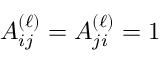
A _ { i j } ^ { ( \ell ) } = A _ { j i } ^ { ( \ell ) } = 1